Annual report on vaccination in Mysore, 1878-1879 - 1878-1879
Year: 1878
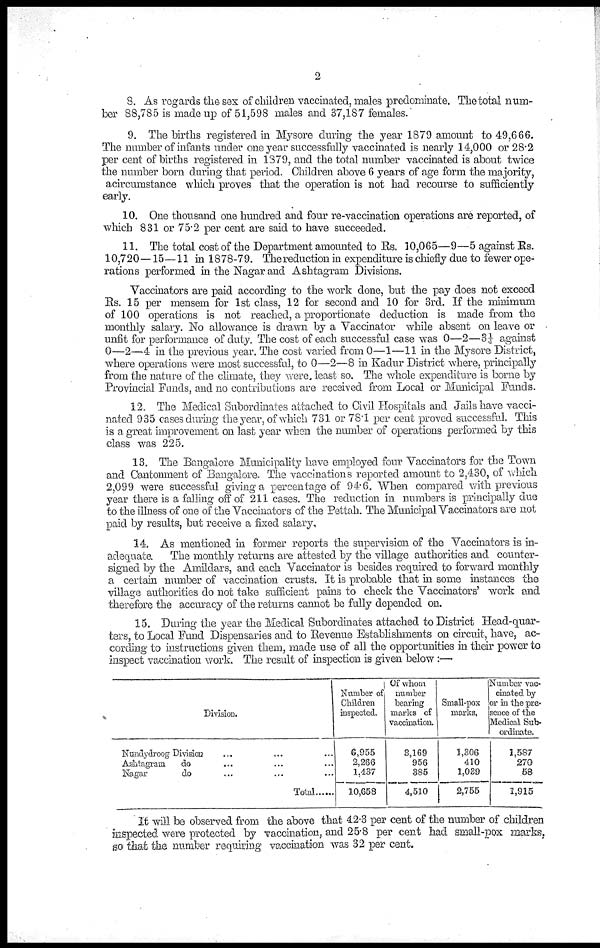
2
8. As regards the sex of children vaccinated, males predominate. The total num-
ber 88,785 is made up of 51,598 males and 37,187 females.
9. The births registered in Mysore during the year 1879 amount to 49,666.
The number of infants under one year successfully vaccinated is nearly 14,000 or 28.2
per cent of births registered in 1879, and the total number vaccinated is about twice
the number born during that period. Children above 6 years of age form the majority,
acircumstance which proves that the operation is not had recourse to sufficiently
early.
10. One thousand one hundred and four re-vaccination operations are reported, of
which 831 or 75.2 per cent are said to have succeeded.
11. The total cost of the Department amounted to Rs. 10,065—9—5 against Rs.
10,720—15—11 in 1878-79. The reduction in expenditure is chiefly due to fewer ope-
rations performed in the Nagar and Ashtagram Divisions.
Vaccinators are paid according to the work done, but the pay does not exceed
Rs. 15 per mensem for 1st class, 12 for second and 10 for 3rd. If the minimum
of 100 operations is not reached, a proportionate deduction is made from the
monthly salary. No allowance is drawn by a Vaccinator while absent on leave or
unfit for performance of duty. The cost of each successful case was 0—2—3¼ against
0—2—4 in the previous year. The cost varied from 0—1—11 in the Mysore District,
where operations were most successful, to 0—2—8 in Kadur District where, principally
from the nature of the climate, they were least so. The whole expenditure is borne by
Provincial Funds, and no contributions are received from Local or Municipal Funds.
12. The Medical Subordinates attached to Civil Hospitals and Jails have vacci-
nated 935 cases during the year, of which 731 or 78.1 per cent proved successful. This
is a great improvement on last year when the number of operations performed by this
class was 225.
13. The Bangalore Municipality have employed four Vaccinators for the Town
and Cantonment of Bangalore. The vaccinations reported amount to 2,430, of which
2,099 were successful giving a percentage of 94.6. When compared with previous
year there is a falling off of 211 cases. The reduction in numbers is principally due
to the illness of one of the Vaccinators of the Pettah. The Municipal Vaccinators are not
paid by results, but receive a fixed salary.
14. As mentioned in former reports the supervision of the Vaccinators is in-
adequate. The monthly returns are attested by the village authorities and counter-
signed by the Amildars, and each Vaccinator is besides required to forward monthly
a certain number of vaccination crusts. It is probable that in some instances the
village authorities do not take sufficient pains to check the Vaccinators' work and
therefore the accuracy of the returns cannot be fully depended on.
15. During the year the Medical Subordinates attached to District Head-quar-
ters, to Local Fund Dispensaries and to Revenue Establishments on circuit, have, ac-
cording to instructions given them, made use of all the opportunities in their power to
inspect vaccination work. The result of inspection is given below:—
Division.
Nundydroog Division ... ... ...
Ashtagram
do ... ... ...
Nagar
do ... ... ...
Total
Number of
Children
inspected.
6,955
2,266
1,437
10,658
Of whom
number
bearing
marks of
vaccination.
3,169
956
385
4,510
Small-pox
marks.
1,306
410
1,039
2,755
Number vac-
cinated by
or in the pre-
sence of the
Medical Sub-
ordinate.
1,587
270
58
1,915
It will be observed from the above that 42.3 per cent of the number of children
inspected were protected by vaccination, and 25.8 per cent had small-pox marks,
so that the number requiring vaccination was 32 per cent.